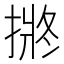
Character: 𭡯